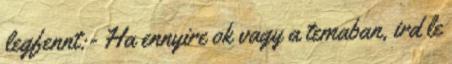
legfennt:- Ha ennyire ok vagy a temaban, ird le